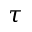
\tau